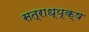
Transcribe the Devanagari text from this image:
सत्राध्य्क्ष